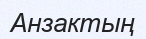
Анзактың